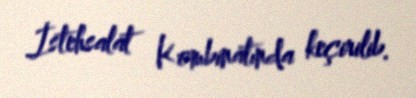
İstehsalat Kombinatında keçirilib.